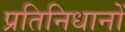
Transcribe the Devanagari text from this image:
प्रतिनिधानों